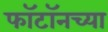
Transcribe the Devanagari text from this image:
फॉटॉनच्या